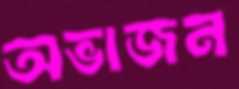
অভাজন